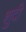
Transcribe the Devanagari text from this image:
शुदी